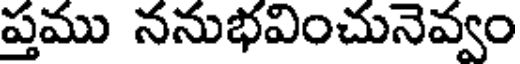
ప్తము ననుభవించునెవ్వం